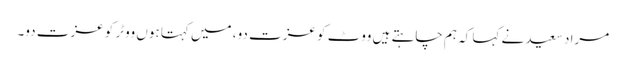
مراد سعید نے کہا کہ ہم چاہتے ہیں ووٹ کو عزت دو، میں کہتا ہوں ووٹر کو عزت دو۔